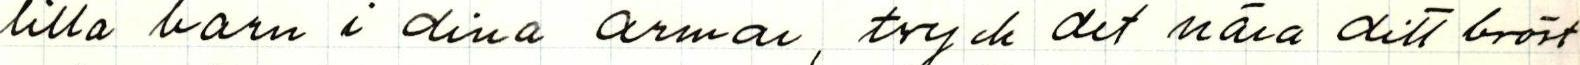
lilla barn i dina armar, tryck det nära ditt bröst